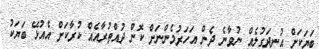
ބަޔަކަށް އުނދަގުލެއް ނުވާނެ ދެން އަހަރުމެންނަށް ކޮން ދުއްތުރާއެއް ކުރާކަށް އެއުޅޭ ބަޔަކު